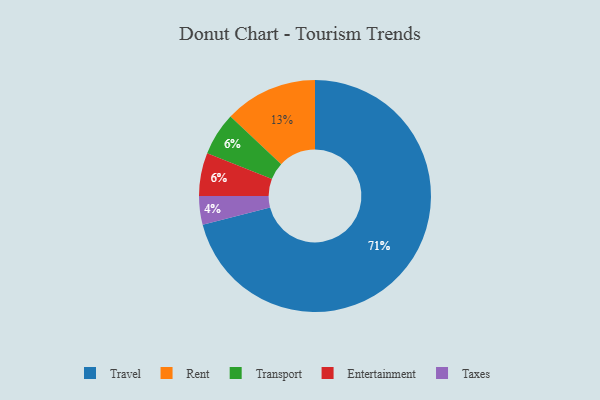
{"axis": {"x": "Category", "y": "Percentage"}, "legend": ["Entertainment", "Rent", "Taxes", "Transport", "Travel"], "data": [{"x": "Transport", "y": 6, "type": "Transport"}, {"x": "Rent", "y": 13, "type": "Rent"}, {"x": "Entertainment", "y": 6, "type": "Entertainment"}, {"x": "Taxes", "y": 4, "type": "Taxes"}, {"x": "Travel", "y": 71, "type": "Travel"}]}